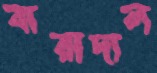
বারাদাল